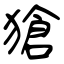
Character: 獊